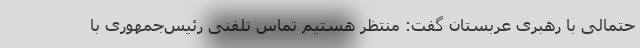
حتمالی با رهبری عربستان گفت: منتظر هستیم تماس تلفنی رئیس‌جمهوری با